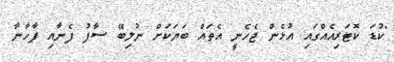
"ކުޑަ ކޮޓަރިއެއްގައި އުޅެން ޖެހެނީ އެތައް ބަޔަކަށް ނުލިބޭ ސާފު ފެނާއި ފާހާނާ